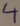
Text: 4